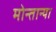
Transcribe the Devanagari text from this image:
मोन्तान्या